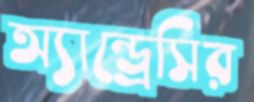
অ্যান্ড্রেসির